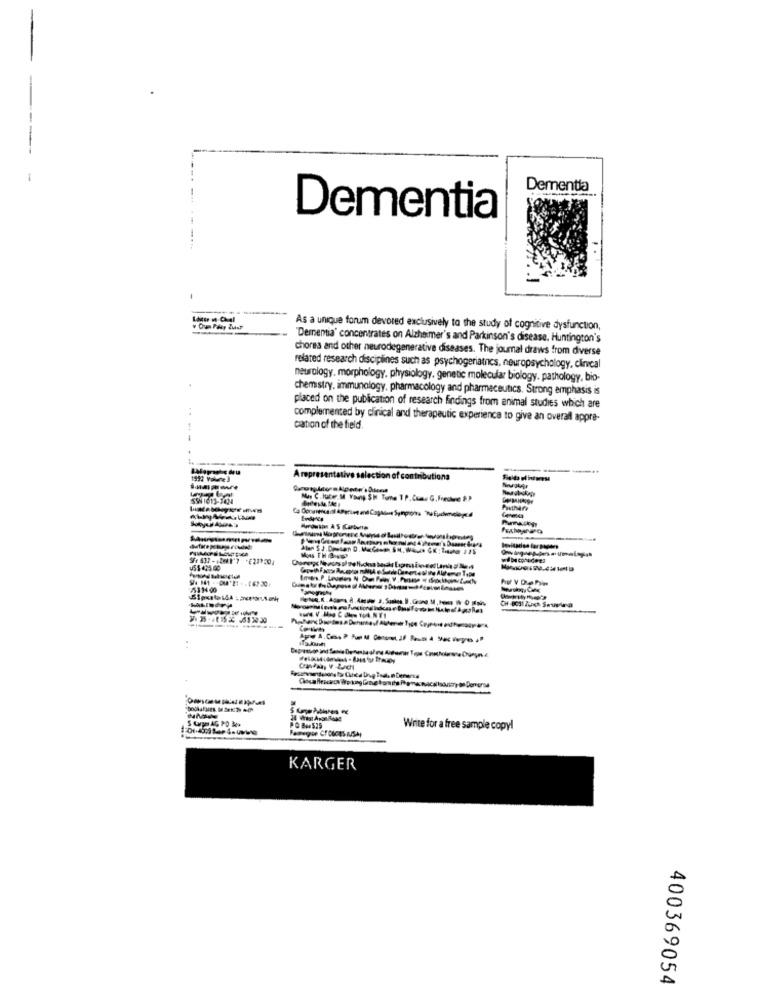
-
Dementia
Dementia
As a unique forum devored exclusively to the study of cognitive dysfunction,
Dementia' concentrates on Alzheimer's and Parkinson's disease, Huntington's
chores and other neurodegenerative diseases. The journal draws from diverse
related research disciplines such as psychogeriatncs, neuropsychology, clinical
neurology. morphology, physiology, genetic molecular biology. pathology, bio-
chemistry. immunology, pharmacology and pharmaceutics. Strong emphasis is
placed on the publication of research findings from animal studies which are
complemented by clinical and therapeutic experience to give an overal appre-
cation of the field.
Arepresentative selection of contributions
SWN 1613-1434
hu V De Pin
scusitry os Derverss
24 Wrest Apon Rond
PO B4529
Write for a free sample copy!
KARGER
400369054